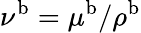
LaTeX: \nu^{\mathrm{b}}=\mu^{\mathrm{b}}/\rho^{\mathrm{b}}